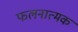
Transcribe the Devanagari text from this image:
फलनात्मक